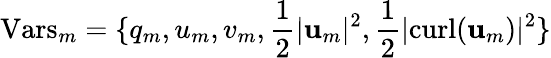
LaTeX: \mathrm{Vars}_{m}=\{ q_{m},u_{m},v_{m},\frac{1}{2}|\mathbf{u}_{m}|^{2},\frac{1}{2}|\mathrm{curl}(\mathbf{u}_{m})|^{2}\}